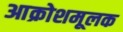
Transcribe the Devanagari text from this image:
आक्रोशमूलक